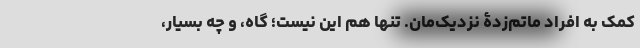
کمک به افراد ماتم‌زدۀ نزدیک‌مان. تنها هم این نیست؛ گاه، و چه بسیار،